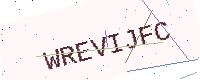
Text: WREVIJFC